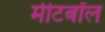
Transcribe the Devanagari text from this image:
मीटबॉल